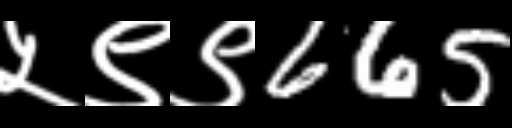
Text: ५९९665